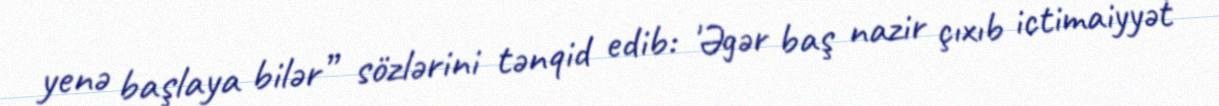
yenə başlaya bilər” sözlərini tənqid edib: 'Əgər baş nazir çıxıb ictimaiyyət